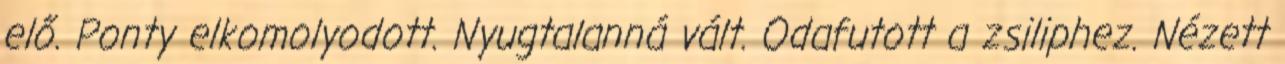
elő. Ponty elkomolyodott. Nyugtalanná vált. Odafutott a zsiliphez. Nézett